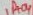
Text: 1H04